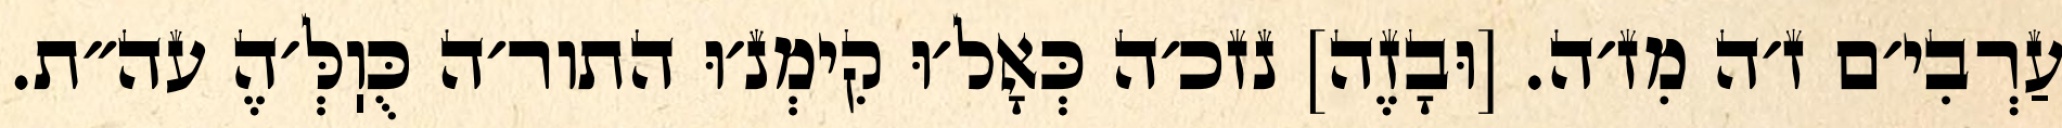
עַרְבִי׳ם ז׳ה מִז׳ה. [וּבָזֶה] נזכ׳ה כְּאָל׳וּ קִימְנ׳וּ התור׳ה כֻּוֽלְּ׳הֶ עה״ת.